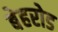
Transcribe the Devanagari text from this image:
बेहरोड